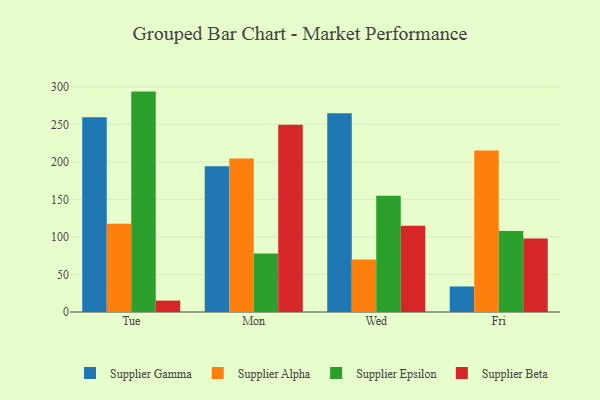
{"axis": {"x": "Day", "y": "Population (Million)"}, "legend": ["Supplier Alpha", "Supplier Beta", "Supplier Epsilon", "Supplier Gamma"], "data": [{"x": "Tue", "y": 259.4, "type": "Supplier Gamma"}, {"x": "Tue", "y": 117.5, "type": "Supplier Alpha"}, {"x": "Tue", "y": 293.7, "type": "Supplier Epsilon"}, {"x": "Tue", "y": 15.2, "type": "Supplier Beta"}, {"x": "Mon", "y": 194.1, "type": "Supplier Gamma"}, {"x": "Mon", "y": 204.7, "type": "Supplier Alpha"}, {"x": "Mon", "y": 78.1, "type": "Supplier Epsilon"}, {"x": "Mon", "y": 249.4, "type": "Supplier Beta"}, {"x": "Wed", "y": 265.0, "type": "Supplier Gamma"}, {"x": "Wed", "y": 70.1, "type": "Supplier Alpha"}, {"x": "Wed", "y": 155.0, "type": "Supplier Epsilon"}, {"x": "Wed", "y": 114.9, "type": "Supplier Beta"}, {"x": "Fri", "y": 34.0, "type": "Supplier Gamma"}, {"x": "Fri", "y": 215.3, "type": "Supplier Alpha"}, {"x": "Fri", "y": 108.1, "type": "Supplier Epsilon"}, {"x": "Fri", "y": 98.1, "type": "Supplier Beta"}]}